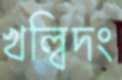
খল্বিদং